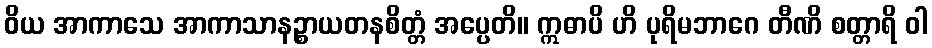
ဝိယ အာကာသေ အာကာသာနဉ္စာယတနစိတ္တံ အပ္ပေတိ။ ဣဓာပိ ဟိ ပုရိမဘာဂေ တီဏိ စတ္တာရိ ဝါ